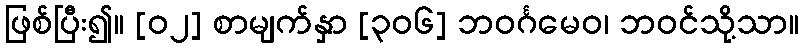
ဖြစ်ပြီး၍။ [၀၂] စာမျက်နှာ [၃၀၆] ဘဝင်္ဂမေဝ၊ ဘဝင်သို့သာ။